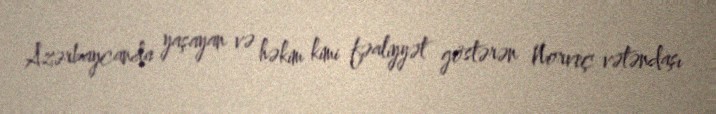
Azərbaycanda yaşayan və həkim kimi fəaliyyət göstərən Norveç vətəndaşı